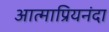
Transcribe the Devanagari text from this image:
आत्माप्रियनंदा